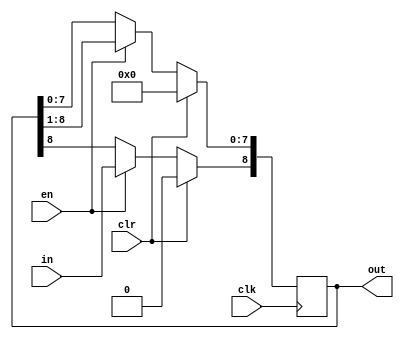
//single-bit shift register
//intended for use in listening to  serial communications
//can be parallelized to enable parallel topologies

//only shifts when enable is held high
//synchrounous clr sets out = DEPTH'b00..00;

module right_shiftreg(in, out, clk, en, clr);
	parameter DEPTH = 9; //for I2C with ACK/NAK as final bit


	//data signals
	input in;
	output reg [DEPTH-1:0] out;


	//control signals
	input clk, en, clr;


	//initial as cleared
	initial begin
		out = 0;
	end


	//control block
	always @(posedge clk) begin
		if(clr == 1'b1) begin
			out <= 0;
		end
		else if(en == 1'b1) begin
			out <= (out >> 1);
			out[DEPTH-1] <= in;
		end
	end


endmodule